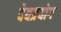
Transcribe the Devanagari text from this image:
देवप्रयोग